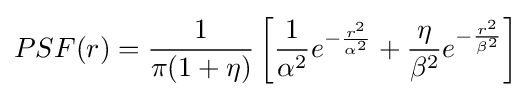
PSF(r)={\frac {1}{\pi (1+\eta )}}\left[{\frac {1}{\alpha ^{2}}}e^{-{\frac {r^{2}}{\alpha ^{2}}}}+{\frac {\eta }{\beta ^{2}}}e^{-{\frac {r^{2}}{\beta ^{2}}}}\right]